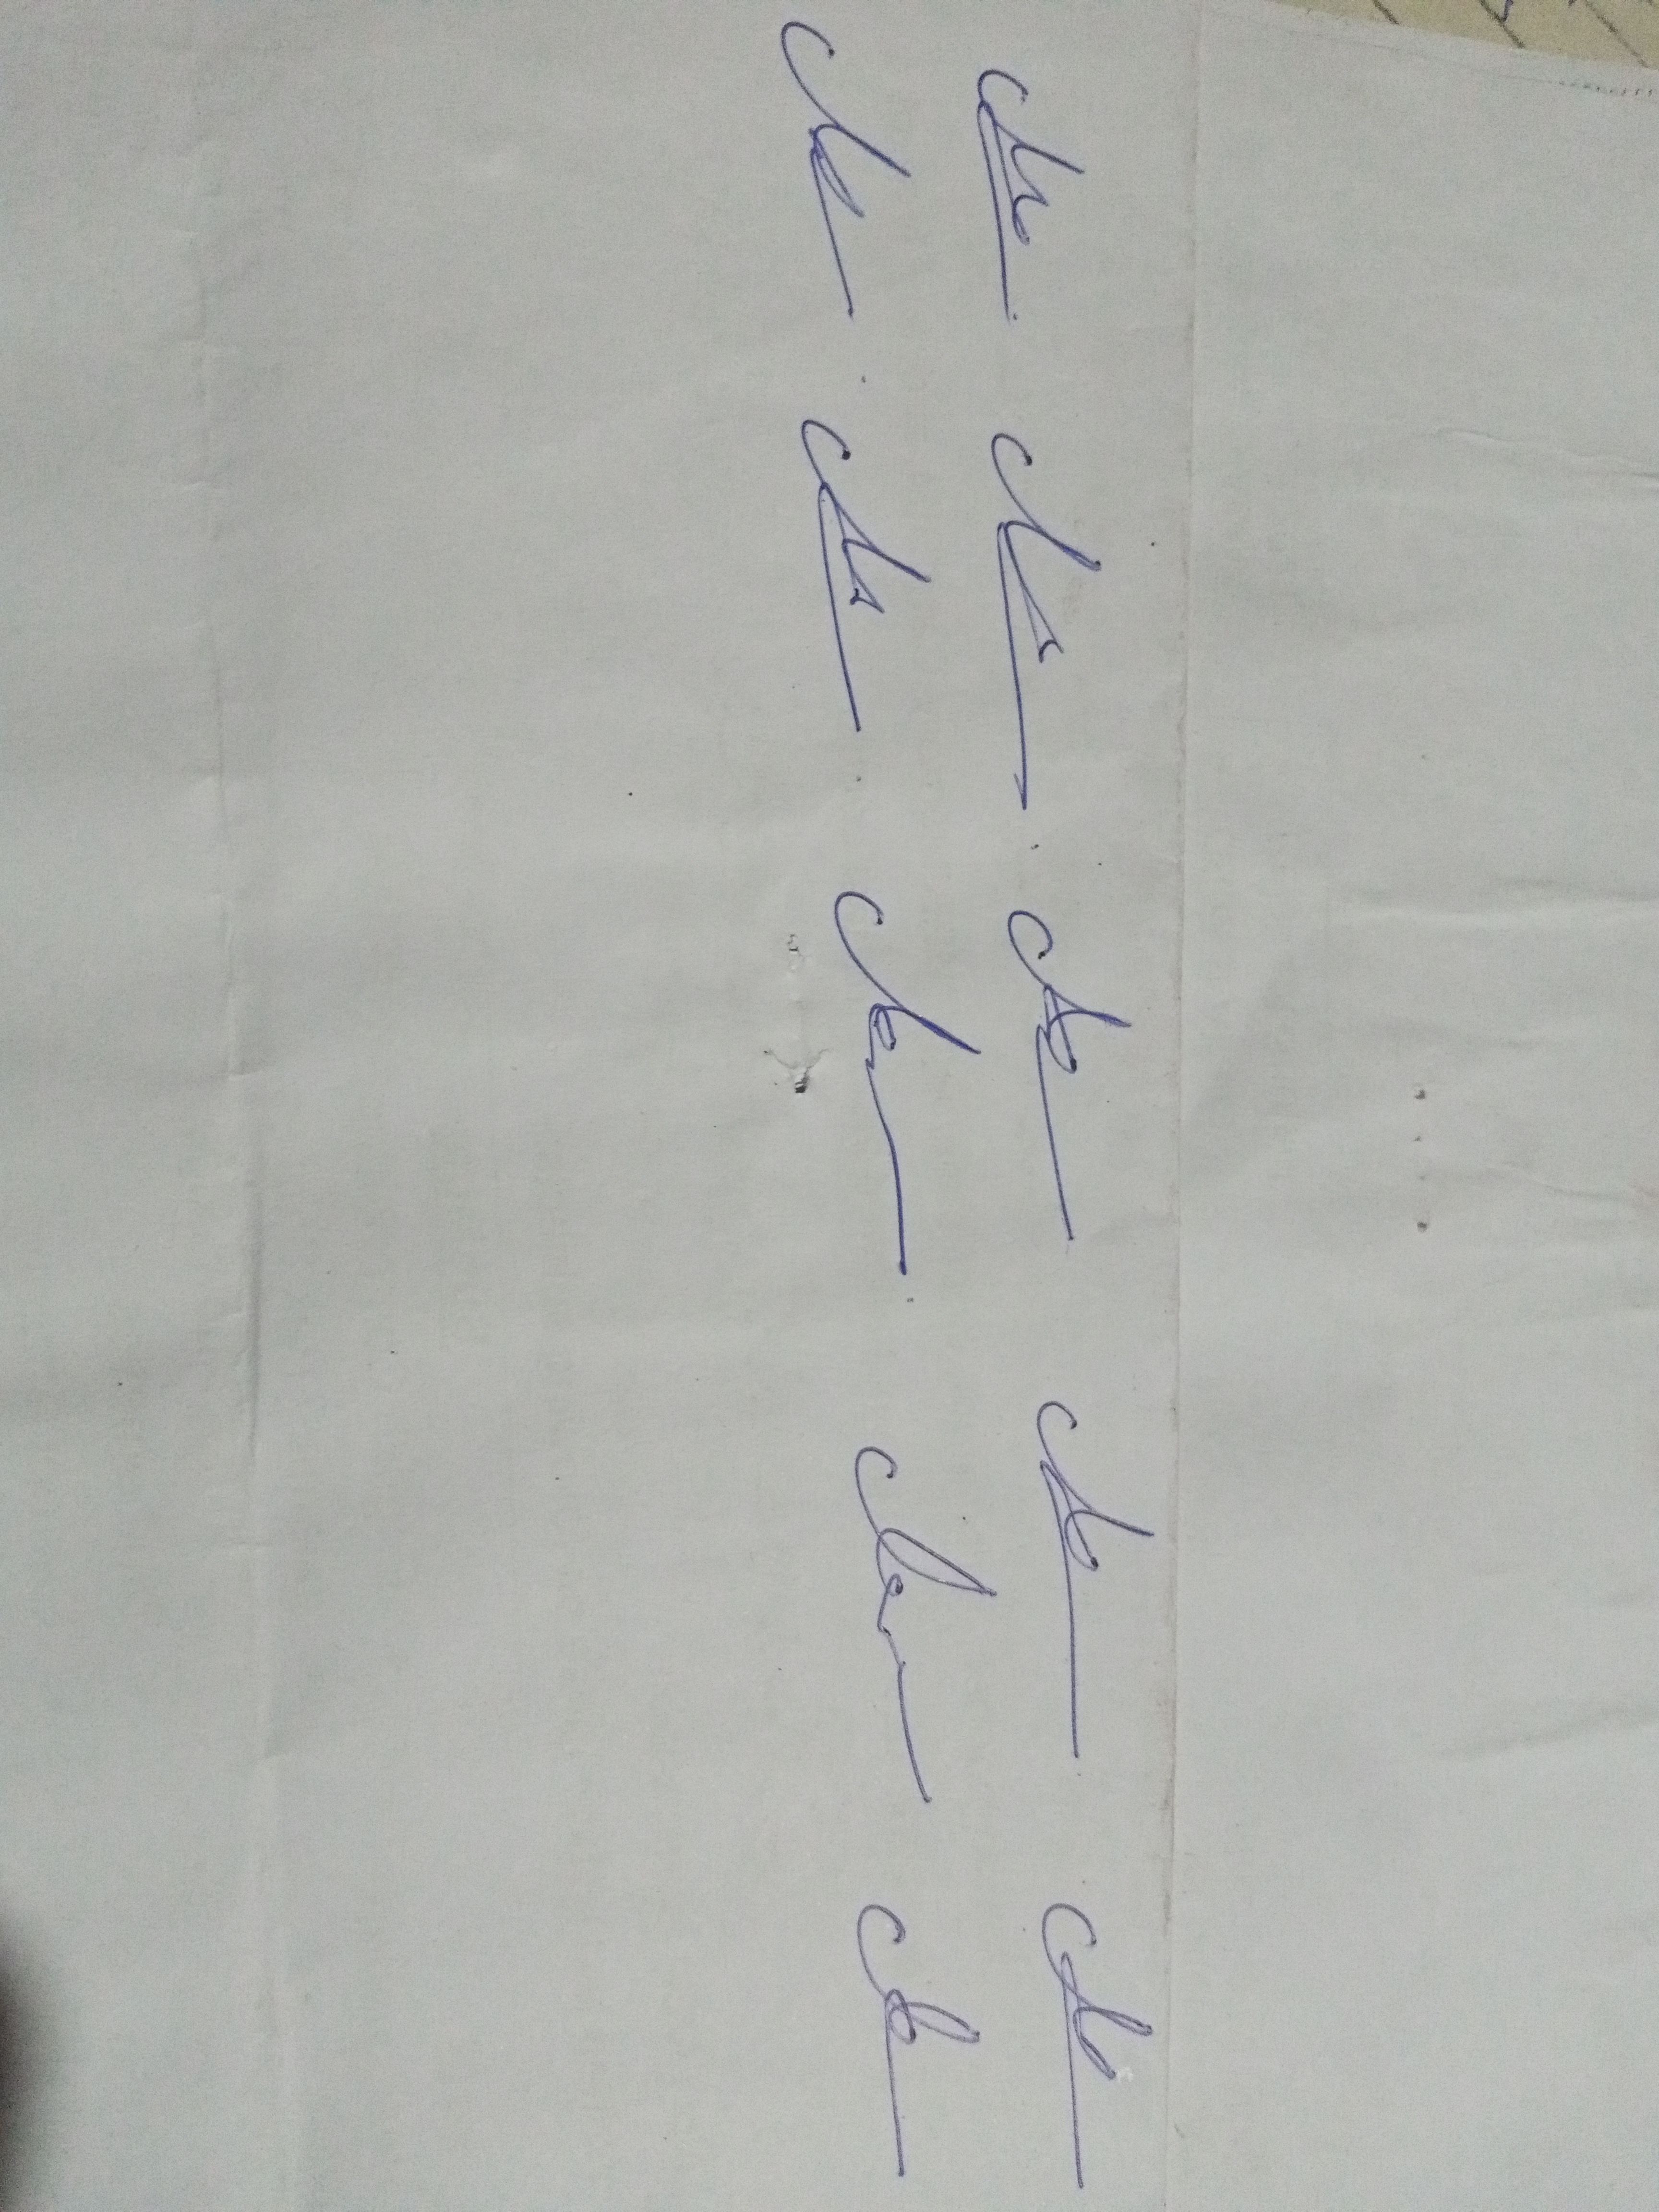
Signature authenticity: genuine